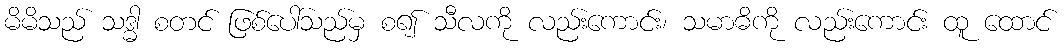
မိမိသည် သဒ္ဓါ စတင် ဖြစ်ပေါ်သည်မှ စ၍ သီလကို လည်းကောင်း၊ သမာဓိကို လည်းကောင်း ထူ ထောင်